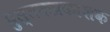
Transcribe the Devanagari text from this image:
पुस्तकप्रकाशक